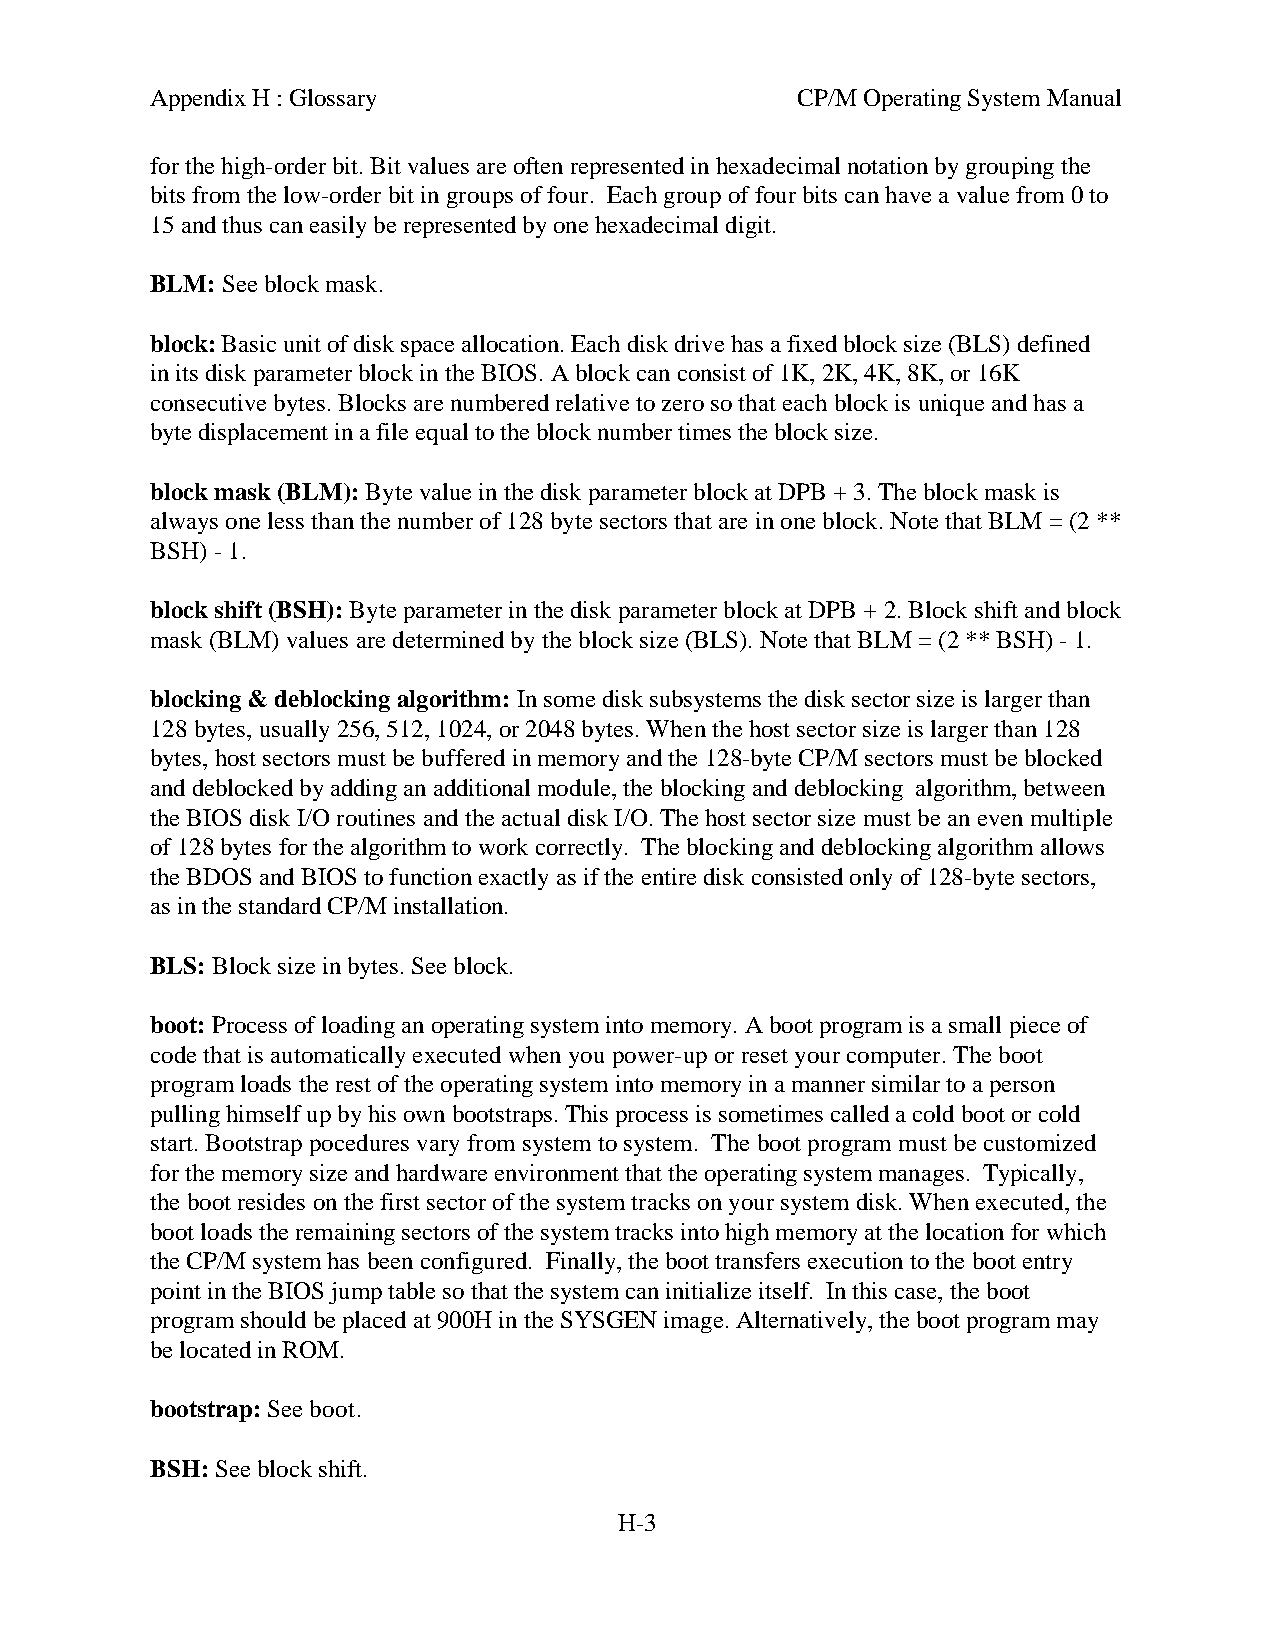
Appendix H : Glossary                      CP/M Operating System Manual
 for the high-order bit. Bit values are often represented in hexadecimal notation by grouping the
 bits from the low-order bit in groups of four. Each group of four bits can have a value from 0 to
 15 and thus can easily be represented by one hexadecimal digit.
 BLM: See block mask.
 block: Basic unit of disk space allocation. Each disk drive has a fixed block size (BLS) defined
 in its disk parameter block in the BIOS. A block can consist of 1K, 2K, 4K, 8K, or 16K
 consecutive bytes. Blocks are numbered relative to zero so that each block is unique and has a
 byte displacement in a file equal to the block number times the block size.
 block mask (BLM): Byte value in the disk parameter block at DPB + 3. The block mask is
 always one less than the number of 128 byte sectors that are in one block. Note that BLM = (2 **
 BSH) - 1.
 block shift (BSH): Byte parameter in the disk parameter block at DPB + 2. Block shift and block
 mask (BLM) values are determined by the block size (BLS). Note that BLM = (2 ** BSH) - 1.
 blocking & deblocking algorithm: In some disk subsystems the disk sector size is larger than
 128 bytes, usually 256, 512, 1024, or 2048 bytes. When the host sector size is larger than 128
 bytes, host sectors must be buffered in memory and the 128-byte CP/M sectors must be blocked
 and deblocked by adding an additional module, the blocking and deblocking algorithm, between
 the BIOS disk I/O routines and the actual disk I/O. The host sector size must be an even multiple
 of 128 bytes for the algorithm to work correctly. The blocking and deblocking algorithm allows
 the BDOS and BIOS to function exactly as if the entire disk consisted only of 128-byte sectors,
 as in the standard CP/M installation.
 BLS: Block size in bytes. See block.
 boot: Process of loading an operating system into memory. A boot program is a small piece of
 code that is automatically executed when you power-up or reset your computer. The boot
 program loads the rest of the operating system into memory in a manner similar to a person
 pulling himself up by his own bootstraps. This process is sometimes called a cold boot or cold
 start. Bootstrap pocedures vary from system to system. The boot program must be customized
 for the memory size and hardware environment that the operating system manages. Typically,
 the boot resides on the first sector of the system tracks on your system disk. When executed, the
 boot loads the remaining sectors of the system tracks into high memory at the location for which
 the CP/M system has been configured. Finally, the boot transfers execution to the boot entry
 point in the BIOS jump table so that the system can initialize itself. In this case, the boot
 program should be placed at 900H in the SYSGEN image. Alternatively, the boot program may
 be located in ROM.
 bootstrap: See boot.
 BSH: See block shift.
 H-3